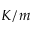
K / m